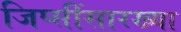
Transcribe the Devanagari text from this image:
जिप्सींसारख्या